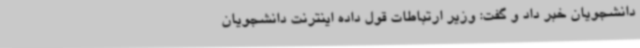
دانشجویان خبر داد و گفت: وزیر ارتباطات قول داده اینترنت دانشجویان